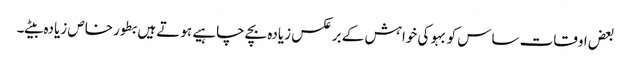
بعض اوقات ساس کو بہو کی خواہش کے برعکس زیادہ بچے چاہیے ہوتے ہیں بطور خاص زیادہ بیٹے۔